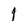
Character: 1